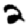
Digit: 2